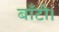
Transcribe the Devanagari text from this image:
बाँटी।